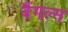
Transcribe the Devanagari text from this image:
बैंगल्स